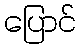
ပြောင်